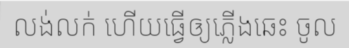
លង់លក់ ហើយធ្វើឲ្យភ្លើងឆេះ ចូល